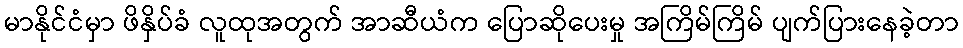
မာနိုင်ငံမှာ ဖိနှိပ်ခံ လူထုအတွက် အာဆီယံက ပြောဆိုပေးမှု အကြိမ်ကြိမ် ပျက်ပြားနေခဲ့တာ